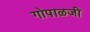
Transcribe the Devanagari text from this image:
गोपाळजी